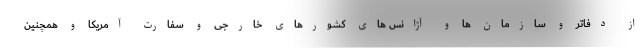
از دفاتر و سازمان ها و آژانس های کشورهای خارجی و سفارت آمریکا و همچنین